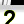
Digit: 2